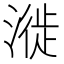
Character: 漇